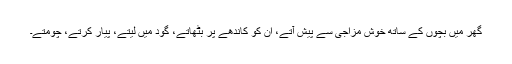
گھر میں بچوں کے ساتھ خوش مزاجی سے پیش آتے، ان کو کاندھے پر بٹھاتے، گود میں لیتے، پیار کرتے، چومتے۔